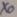
Text: XO